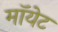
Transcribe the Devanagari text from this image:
मॉयेट